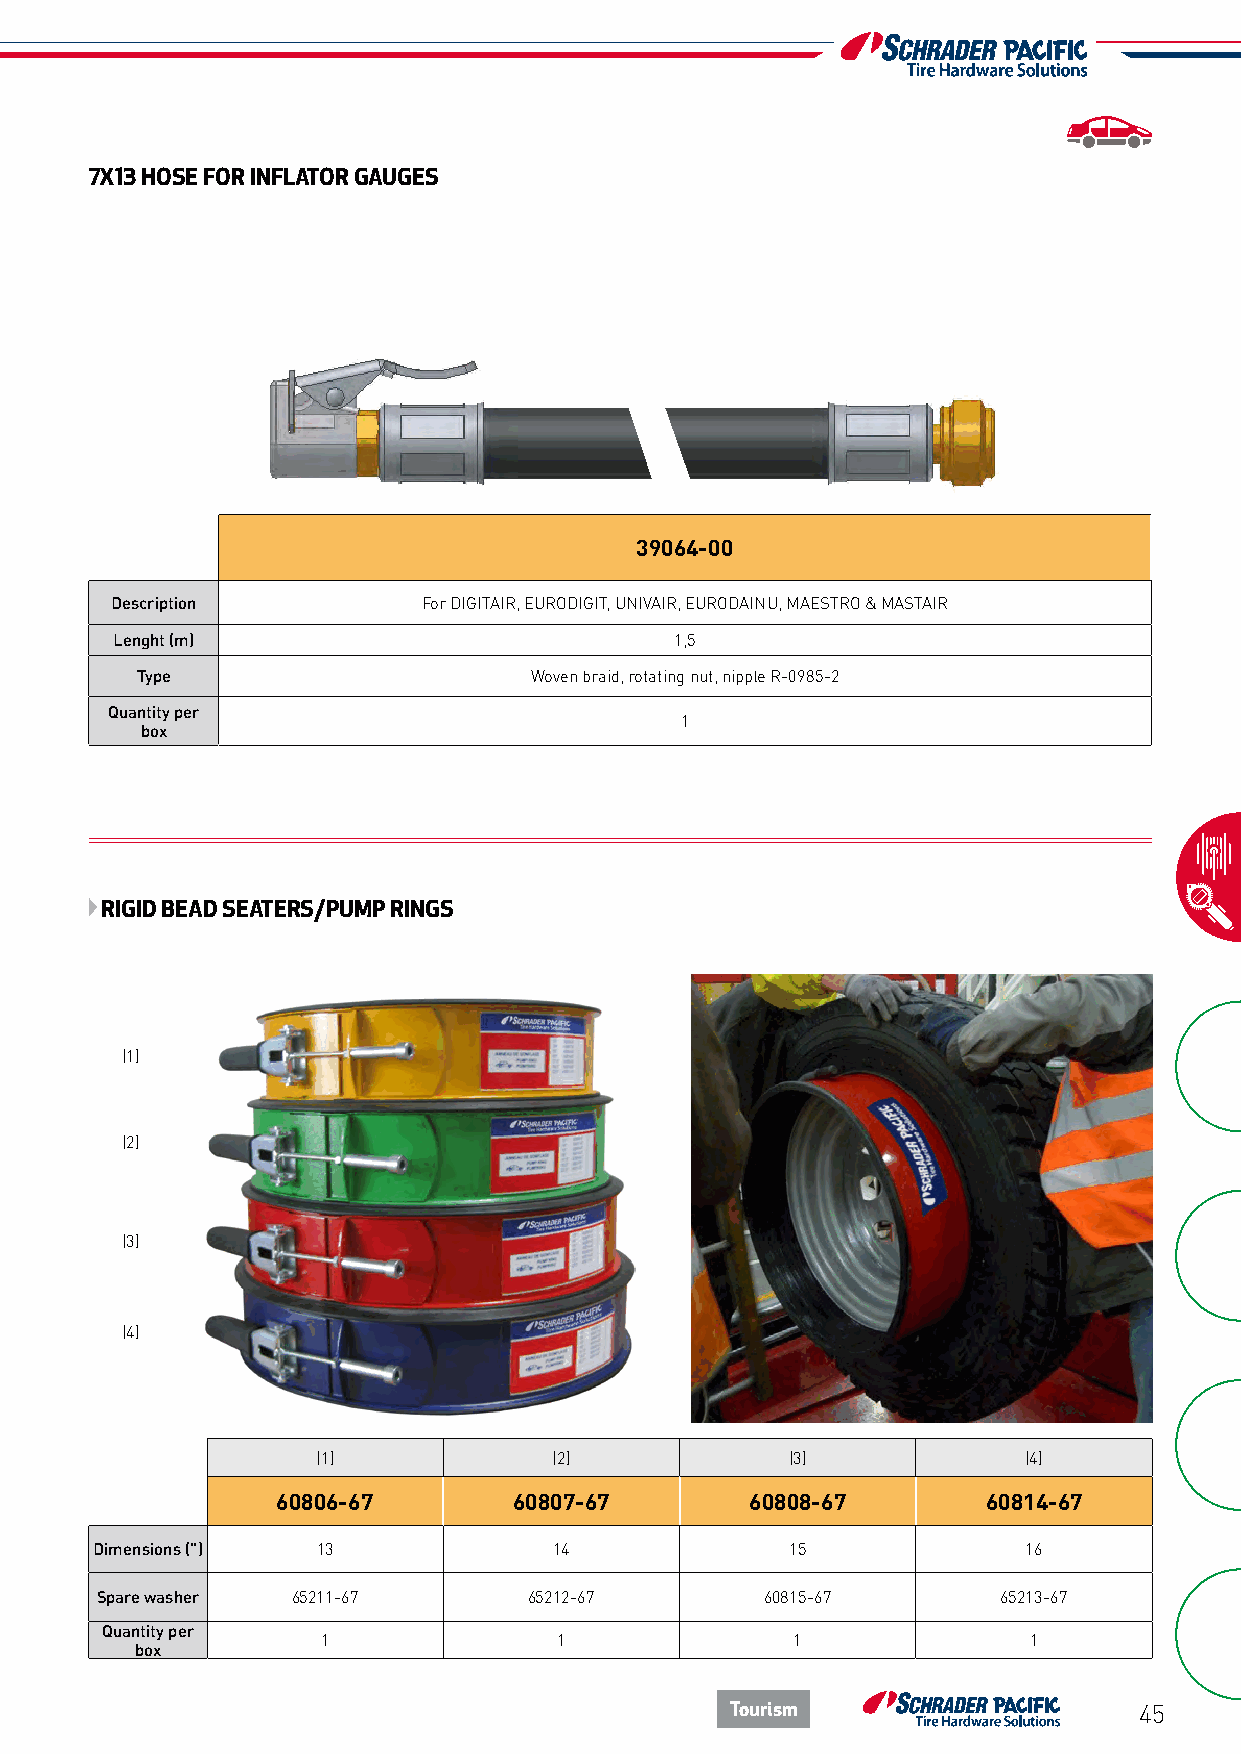
7X13 HOSE FOR INFLATOR GAUGES
 39064-00
 Description          For DIGITAIR, EURODIGIT, UNIVAIR, EURODAINU, MAESTRO & MASTAIR
 Lenght (m)                            1,5
 Type                      Woven braid, rotating nut, nipple R-0985-2
 Quantity per
 1
 box
 RIGID BEAD SEATERS/PUMP RINGS
 (1)
 (2)
 (3)
 (4)
 (1)             (2)            (3)             (4)
 60806-67        60807-67        60808-67       60814-67
 Dimensions (") 13              14             15              16
 Spare washer 65211-67        65212-67        60815-67       65213-67
 Quantity per
 1               1              1               1
 box
 Tourism                    45